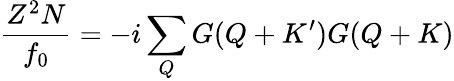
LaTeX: {\frac{Z^{2}N}{f_{0}}}=-i\sum_{Q}G(Q+K^{\prime})G(Q+K)